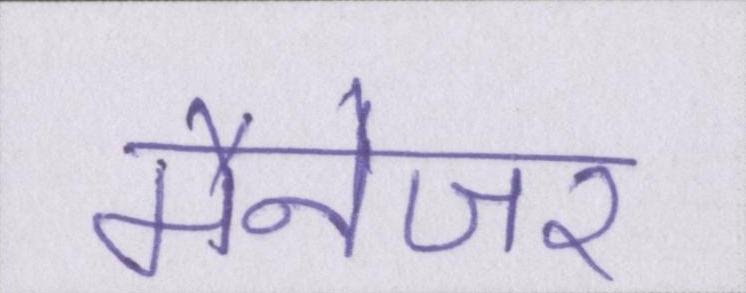
मैनेजर